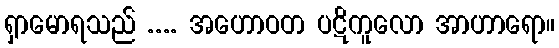
ရှာမောရသည် .... အဟောဝတ ပဋိကူလော အာဟာရော။